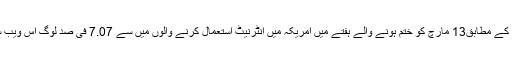
انٹرنیٹ استعمال کرنے والوں کے اعدادوشمار سے متعلق ایک ادارے Experian Hitwise کے مطابق13 مارچ کو ختم ہونے والے ہفتے میں امریکہ میں انٹرنیٹ استعمال کرنے والوں میں سے 7.07 فی صد لوگ اس ویب سائٹ پر آئے اس دوران گوگل کی ویب سائٹ وزٹ کرنے والوں کی شرح 7.03 فی صد تھی۔